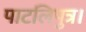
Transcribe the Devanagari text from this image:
पाटलिपुत्र।